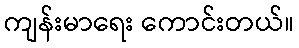
ကျန်းမာရေး ကောင်းတယ်။